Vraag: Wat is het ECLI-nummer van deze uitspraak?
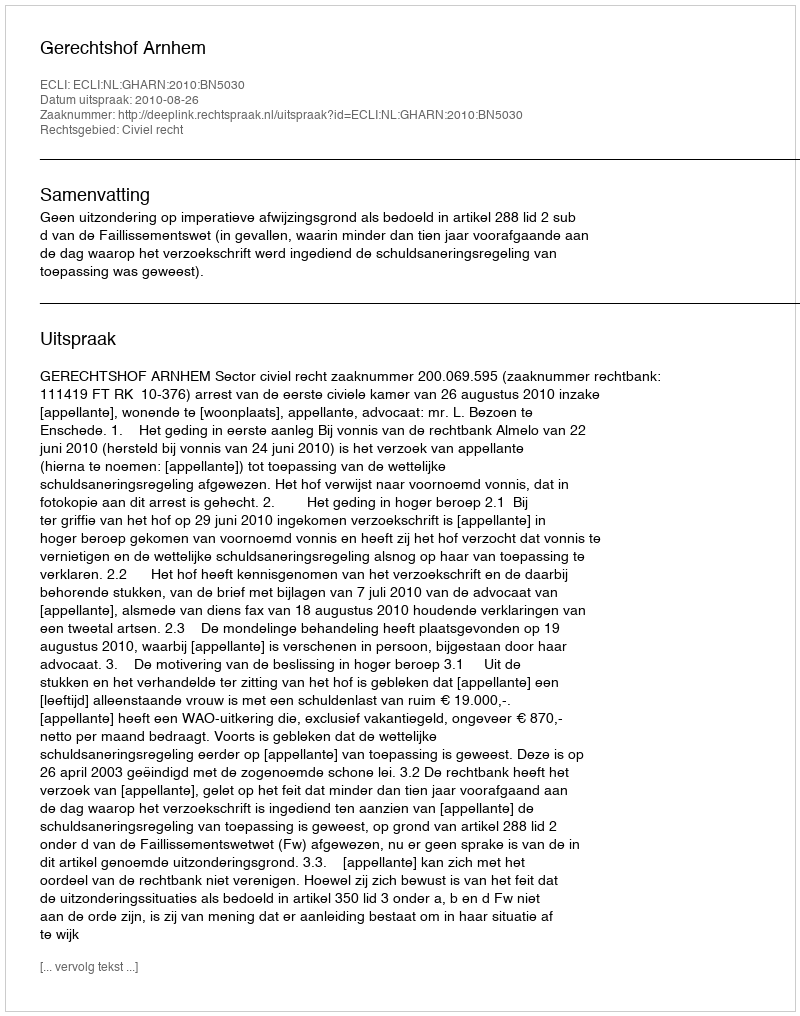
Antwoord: ECLI:NL:GHARN:2010:BN5030